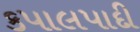
કપાલપાદી